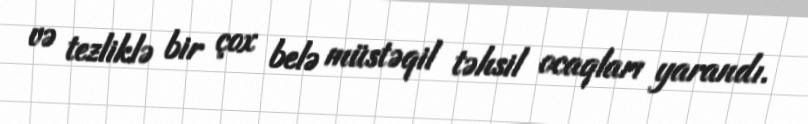
və tezliklə bir çox belə müstəqil təhsil ocaqları yarandı.